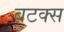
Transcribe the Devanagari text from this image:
बटक्स